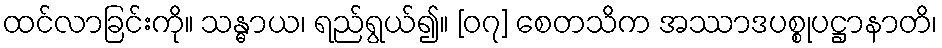
ထင်လာခြင်းကို။ သန္ဓာယ၊ ရည်ရွယ်၍။ [၀၇] စေတသိက အဿာဒပစ္စုပဋ္ဌာနာတိ၊